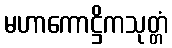
မဟာကောဋ္ဌိကသုတ္တံ